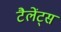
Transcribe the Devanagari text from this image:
टैलेंट्स